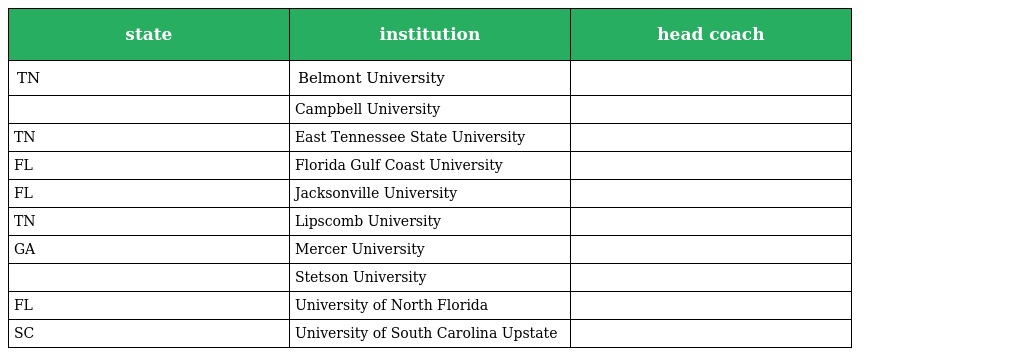
| state | institution | head coach |
 | --- | --- | --- |
 | TN | Belmont University |  |
 |  | Campbell University |  |
 | TN | East Tennessee State University |  |
 | FL | Florida Gulf Coast University |  |
 | FL | Jacksonville University |  |
 | TN | Lipscomb University |  |
 | GA | Mercer University |  |
 |  | Stetson University |  |
 | FL | University of North Florida |  |
 | SC | University of South Carolina Upstate |  |